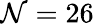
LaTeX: \mathcal{N}=26